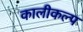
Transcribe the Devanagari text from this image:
कालीकल्प